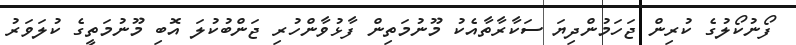
ފޯނުކޯލުގެ ކުރިން ޖަހަމުންދިޔަ ސަކާރާތާއެކު މޫނުމަތިން ފާޅުވާންހުރި ޖަންބުކުލަ އޮބި މޫނުމަތީގެ ކުލަވަރު